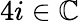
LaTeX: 4i\in\mathbb{C}